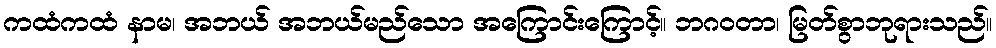
ကထံကထံ နာမ၊ အဘယ် အဘယ်မည်သော အကြောင်းကြောင့်။ ဘဂဝတာ၊ မြတ်စွာဘုရားသည်။